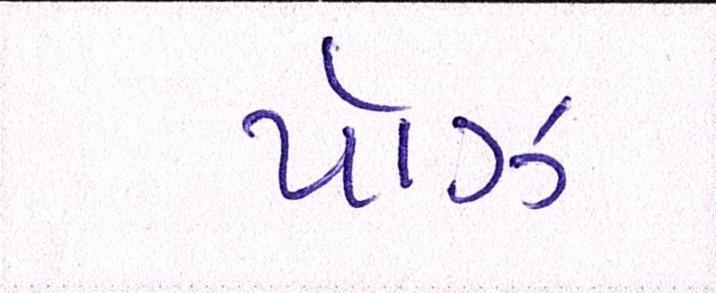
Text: પૉઝ